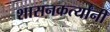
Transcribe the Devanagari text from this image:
शासनकर्त्यांनी